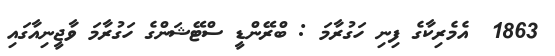
1863  އެމެރިކާގެ ފިނި ހަގުރާމަ : ބްރޭންޑީ ސްޓޭޝަންގެ ހަގުރާމަ ވާޖީނިއާގައި